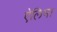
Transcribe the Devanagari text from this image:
ऐलिमा